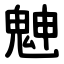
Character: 䰠